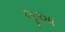
લૂઆ